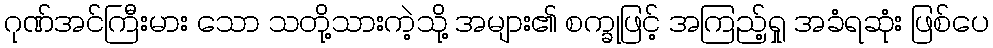
ဂုဏ်အင်ကြီးမား သော သတို့သားကဲ့သို့ အများ၏ စက္ခုဖြင့် အကြည့်ရှု အခံရဆုံး ဖြစ်ပေ